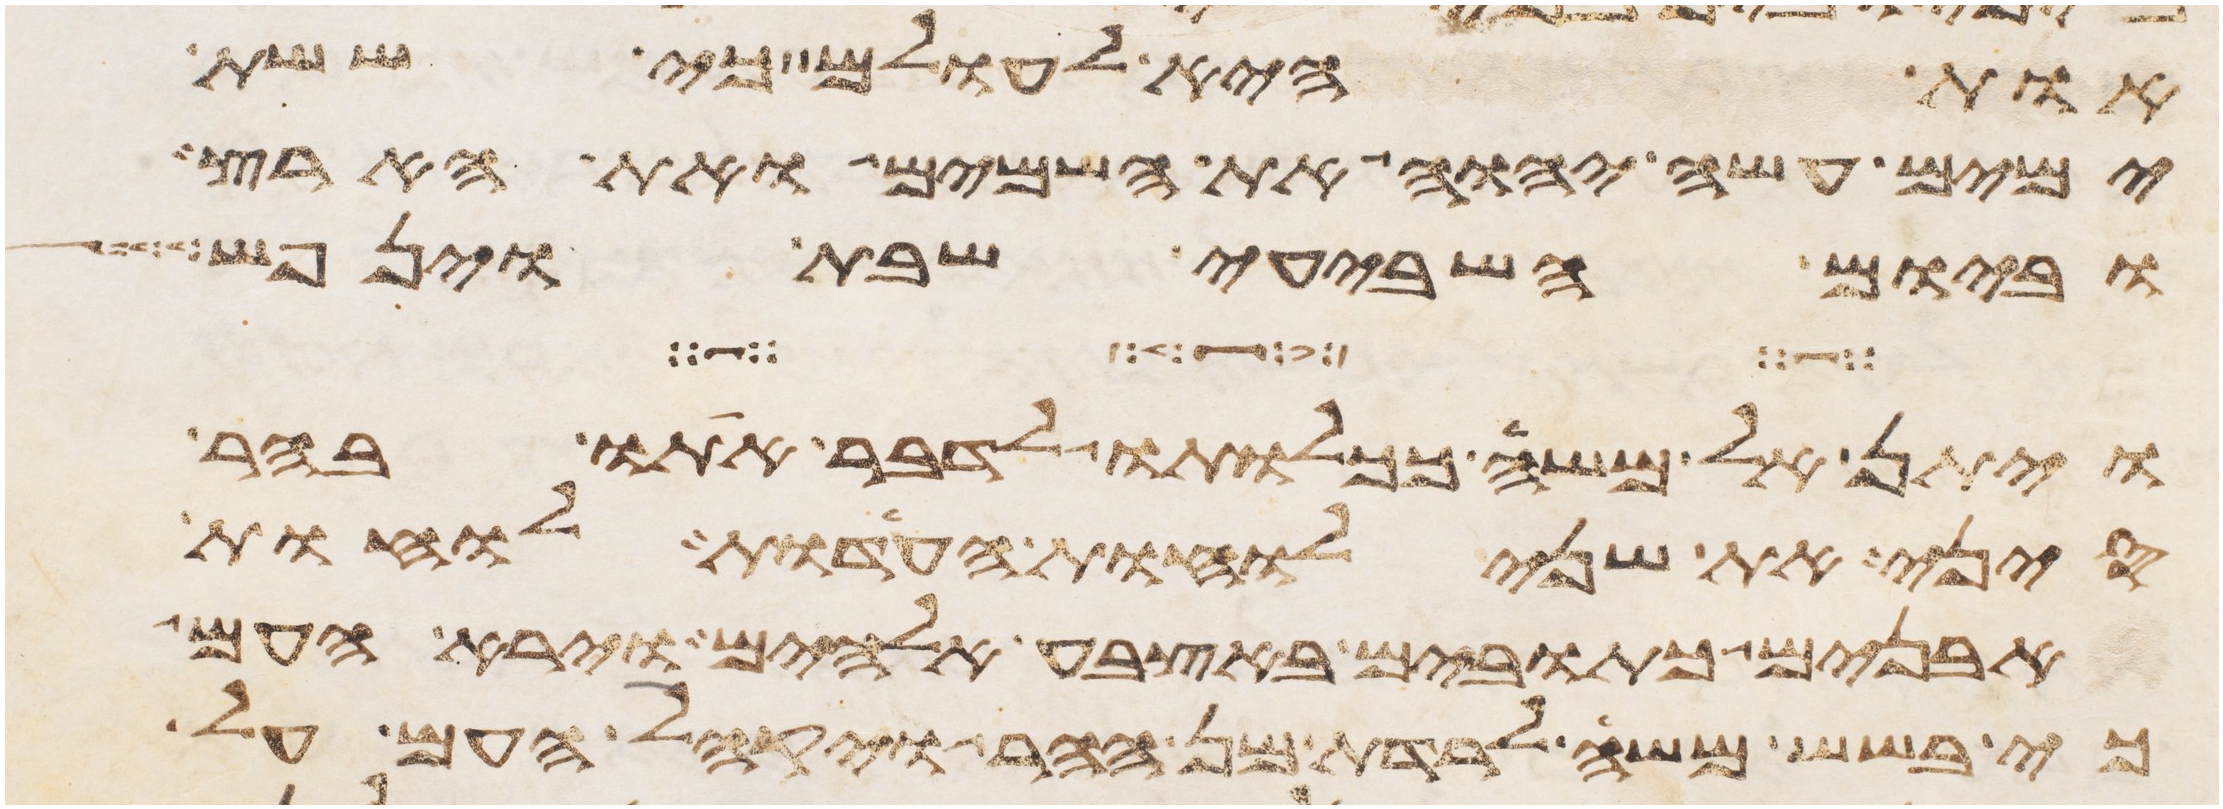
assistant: אות היא לעולם כי ששת
ימים עשה יהוה את השמים ואת הארץ
וביום השביעי שבת וינפש
ויתן אל משה ככלותו לדבר אתו בהר
סיני את שני לוחת העדות לוחת
אבנים כתובים באצבע אלהים וירא העם
כי בשש משה לרדת מן ההר ויקהל העם על